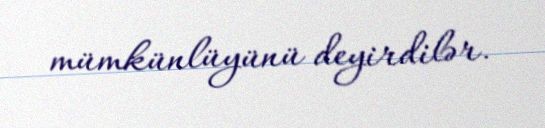
mümkünlüyünü deyirdilər.